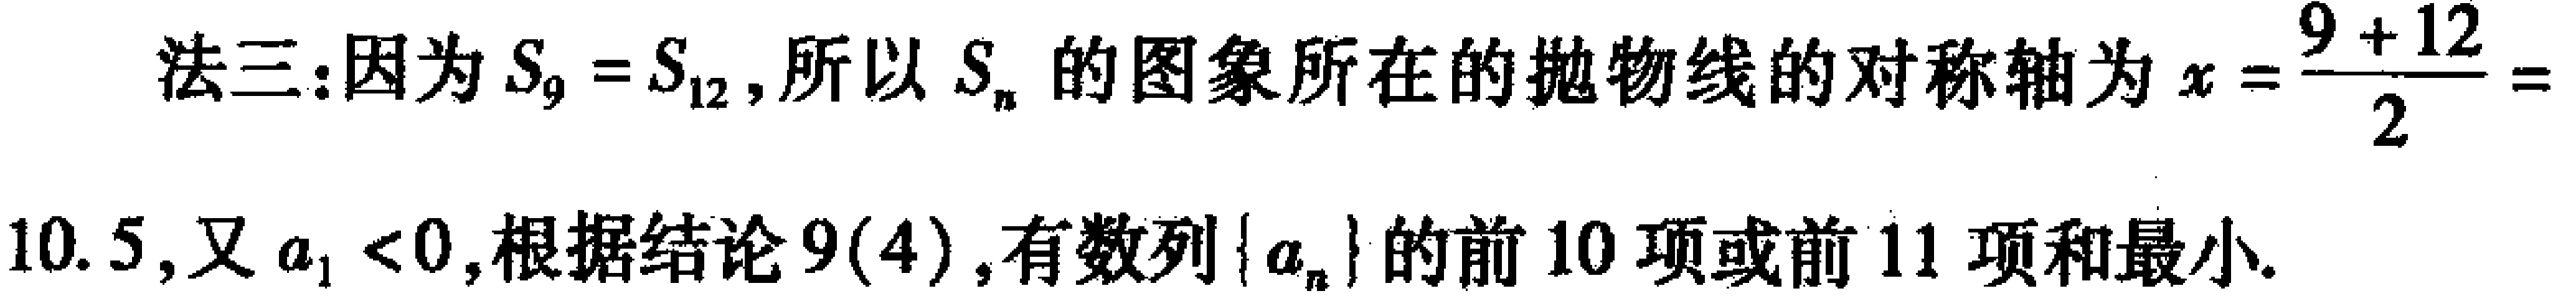
法三:因为$S_{9}=S_{12}$,所以$S_{n}$的图象所在的抛物线的对称轴为$x = \frac{9 + 12}{2} = 10.5$,又$a_{1}<0$,根据结论$9(4)$,有数列$\{a_{n}\}$的前$10$项或前$11$项和最小.